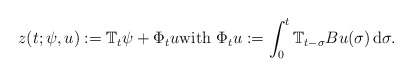
\begin{align*}z(t;\psi,u):= \mathbb{T}_t\psi+\Phi_t u\mbox{\rm with }\Phi_t u := \int_0^t \mathbb{T}_{t-\sigma} B u(\sigma)\, {\rm d}\sigma.\end{align*}